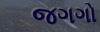
જગગો